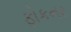
ફોકનર